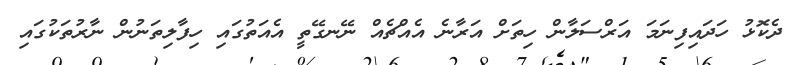
ދެކޮޅު ހަދައިފިނަމަ އަރްސަލާން ހިތަށް އަރާނެ އެއްޗެއް ނޭނގޭތީ އެއަތުގައި ހިފާލިތަނުން ނާރުތަކުގައި